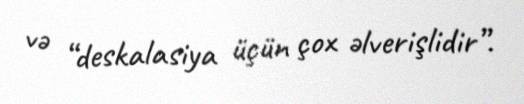
və “deskalasiya üçün çox əlverişlidir”.